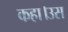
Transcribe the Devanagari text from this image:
कहा।उस